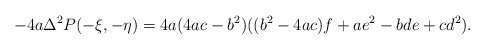
\begin{align*} -4a \Delta^{2} P(-\xi,-\eta) = 4a(4ac-b^{2})((b^{2}-4ac)f + ae^{2} - bde + cd^{2}).\end{align*}